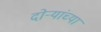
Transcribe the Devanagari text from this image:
दोऱ्यांच्या